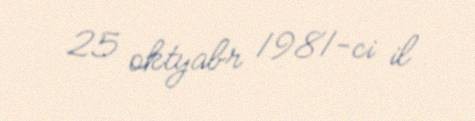
25 oktyabr 1981-ci il